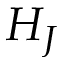
H _ { J }